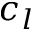
c _ { l }